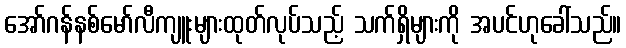
အော်ဂန်နစ်မော်လီကျူးများထုတ်လုပ်သည့် သက်ရှိများကို အပင်ဟုခေါ်သည်။